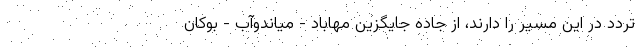
تردد در این مسیر را دارند، از جاده جایگزین مهاباد - میاندوآب - بوکان